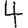
Digit: 4